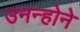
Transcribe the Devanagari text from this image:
उनन्होने